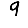
Digit: 9